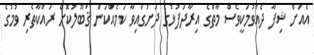
އެއަށް ޝިފާ ދެއްވުމަކީވެސް މާތްގެ އިރާދަފުޅުގެ ދަށުގައިވާ ކަމެއްކަން ޤަބޫލުކޮށް ރައްކާތެރި ވުމުގެ